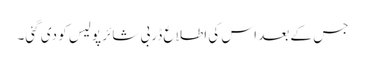
جس کے بعد اس کی اطلاع ڈربی شائر پولیس کو دی گئی۔